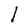
Character: l